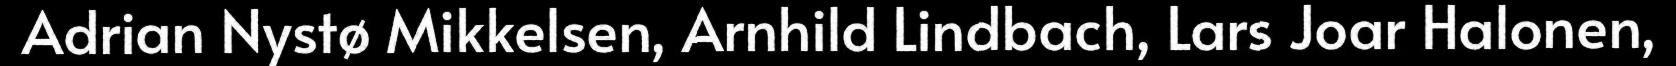
Adrian Nystø Mikkelsen, Arnhild Lindbach, Lars Joar Halonen,